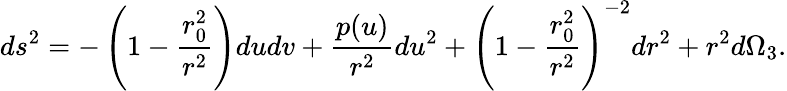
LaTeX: ds^{2}=-\left(1-\frac{r_{0}^{2}}{r^{2}}\right)dudv+\frac{p(u)}{r^{2}}du^{2}+\left(1-\frac{r_{0}^{2}}{r^{2}}\right)^{-2}dr^{2}+r^{2}d\Omega_{3}.